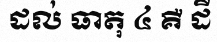
ដល់ ធាតុ ៤ គឺ ដី